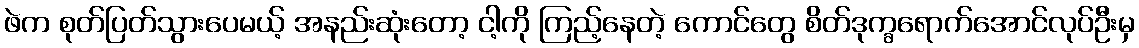
ဖဲက စုတ်ပြတ်သွားပေမယ့် အနည်းဆုံးတော့ ငါ့ကို ကြည့်နေတဲ့ ကောင်တွေ စိတ်ဒုက္ခရောက်အောင်လုပ်ဦးမှ